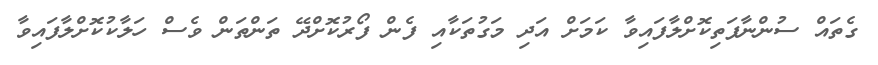
ގެތައް ސުންނާފަތިކޮށްލާފައިވާ ކަމަށް އަދި މަގުތަކާއި ފެން ފޯރުކޮށްދޭ ތަންތަން ވެސް ހަލާކުކޮށްލާފައިވާ